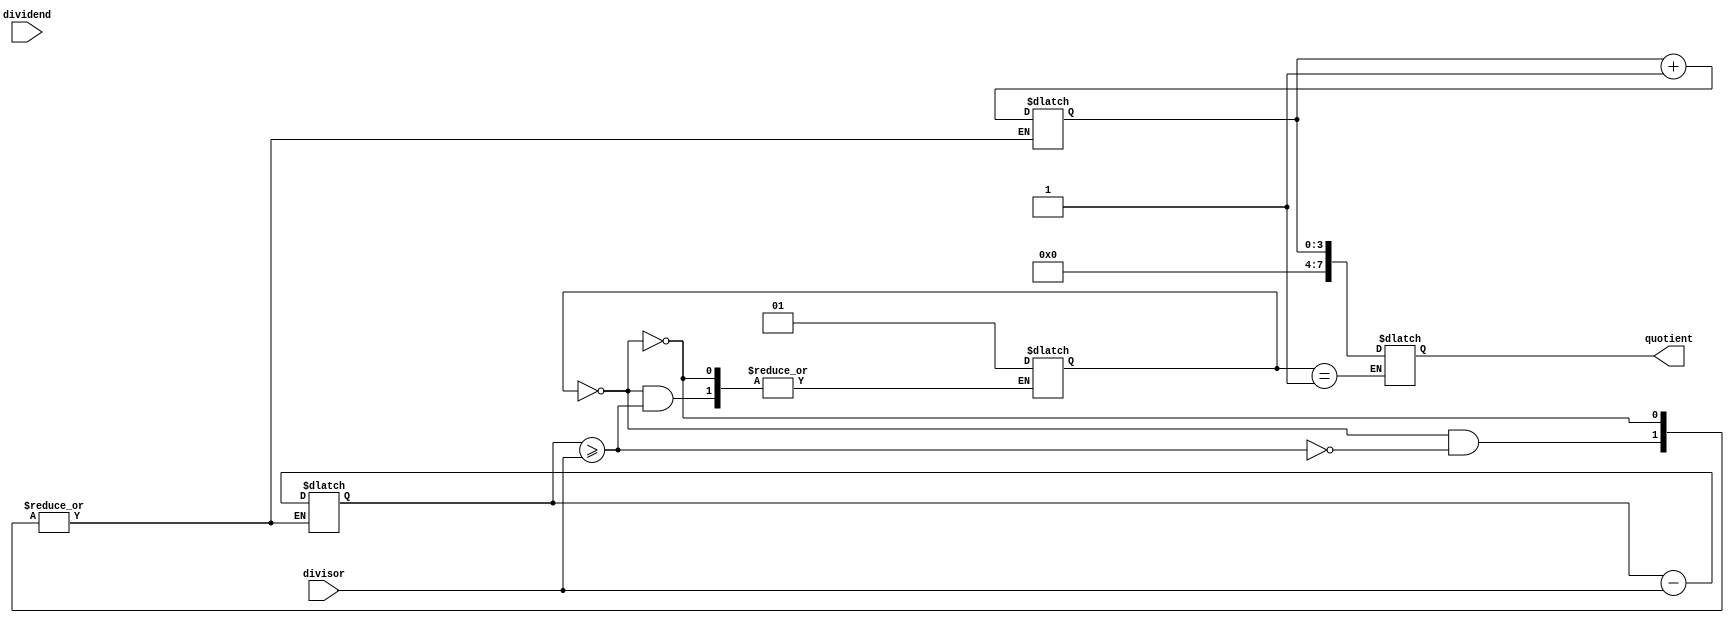
module divider (
    input  wire [7:0] dividend,
    input  wire [7:0] divisor,
    output wire [7:0] quotient
);

reg [15:0] remainder;
reg [3:0] count;
reg [1:0] state;

always @(*) begin
    case (state)
        2'b00: begin 
            if (remainder >= divisor) begin
                remainder <= remainder - divisor;
                count <= count + 1;
            end else begin
                state <= 2'b01;
            end
        end
        2'b01: begin
            quotient <= count;
        end
    endcase
end

endmodule